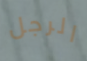
الرجل